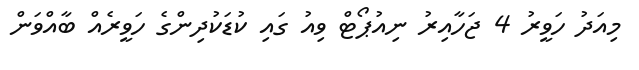
މިއަދު ހަވީރު 4 ޖަހާއިރު ނިއުޕޯޓް ވިއު ގައި ކުޑަކުދިންގެ ހަވީރެއް ބާއްވަން